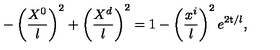
- \left( { \frac { X ^ { 0 } } { l } } \right) ^ { 2 } + \left( { \frac { X ^ { d } } { l } } \right) ^ { 2 } = 1 - \left( \frac { x ^ { i } } { l } \right) ^ { 2 } e ^ { 2 { \sf t } / l } ,